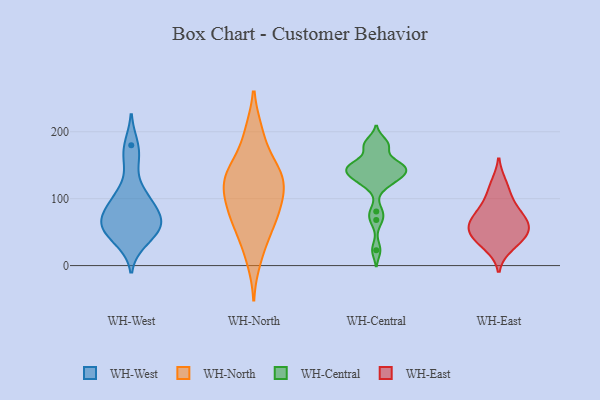
{"axis": {"x": "Satisfaction Score", "y": "Value"}, "legend": ["WH-Central", "WH-East", "WH-North", "WH-West"], "data": [{"x": "", "y": 61, "type": "WH-West"}, {"x": "", "y": 36, "type": "WH-West"}, {"x": "", "y": 89, "type": "WH-West"}, {"x": "", "y": 104, "type": "WH-West"}, {"x": "", "y": 67, "type": "WH-West"}, {"x": "", "y": 69, "type": "WH-West"}, {"x": "", "y": 71, "type": "WH-West"}, {"x": "", "y": 52, "type": "WH-West"}, {"x": "", "y": 47, "type": "WH-West"}, {"x": "", "y": 180, "type": "WH-West"}, {"x": "", "y": 106, "type": "WH-West"}, {"x": "", "y": 158, "type": "WH-West"}, {"x": "", "y": 70, "type": "WH-North"}, {"x": "", "y": 63, "type": "WH-North"}, {"x": "", "y": 143, "type": "WH-North"}, {"x": "", "y": 112, "type": "WH-North"}, {"x": "", "y": 139, "type": "WH-North"}, {"x": "", "y": 33, "type": "WH-North"}, {"x": "", "y": 128, "type": "WH-North"}, {"x": "", "y": 198, "type": "WH-North"}, {"x": "", "y": 128, "type": "WH-North"}, {"x": "", "y": 10, "type": "WH-North"}, {"x": "", "y": 65, "type": "WH-North"}, {"x": "", "y": 86, "type": "WH-North"}, {"x": "", "y": 132, "type": "WH-North"}, {"x": "", "y": 147, "type": "WH-North"}, {"x": "", "y": 91, "type": "WH-North"}, {"x": "", "y": 104, "type": "WH-North"}, {"x": "", "y": 198, "type": "WH-North"}, {"x": "", "y": 81, "type": "WH-Central"}, {"x": "", "y": 68, "type": "WH-Central"}, {"x": "", "y": 150, "type": "WH-Central"}, {"x": "", "y": 185, "type": "WH-Central"}, {"x": "", "y": 178, "type": "WH-Central"}, {"x": "", "y": 23, "type": "WH-Central"}, {"x": "", "y": 148, "type": "WH-Central"}, {"x": "", "y": 148, "type": "WH-Central"}, {"x": "", "y": 134, "type": "WH-Central"}, {"x": "", "y": 132, "type": "WH-Central"}, {"x": "", "y": 118, "type": "WH-Central"}, {"x": "", "y": 178, "type": "WH-Central"}, {"x": "", "y": 136, "type": "WH-Central"}, {"x": "", "y": 129, "type": "WH-Central"}, {"x": "", "y": 150, "type": "WH-Central"}, {"x": "", "y": 149, "type": "WH-Central"}, {"x": "", "y": 64, "type": "WH-East"}, {"x": "", "y": 81, "type": "WH-East"}, {"x": "", "y": 55, "type": "WH-East"}, {"x": "", "y": 29, "type": "WH-East"}, {"x": "", "y": 122, "type": "WH-East"}, {"x": "", "y": 101, "type": "WH-East"}, {"x": "", "y": 42, "type": "WH-East"}, {"x": "", "y": 73, "type": "WH-East"}, {"x": "", "y": 42, "type": "WH-East"}, {"x": "", "y": 58, "type": "WH-East"}]}